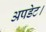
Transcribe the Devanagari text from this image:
अपडेट।